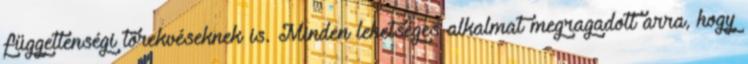
függetlenségi törekvéseknek is. Minden lehetséges alkalmat megragadott arra, hogy